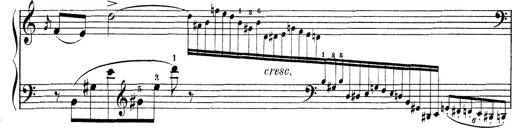
Title: 3 Ã‰tudes de concert
Composer: Franz Liszt